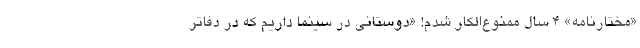
«مختارنامه» ۴ سال ممنوع‌الکار شدم! «دوستانی در سینما داریم که در دفاتر